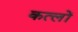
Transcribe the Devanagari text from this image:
कत्लों